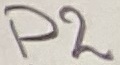
Text: P2